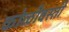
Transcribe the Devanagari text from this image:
कोळीवस्ती